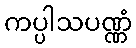
ကပ္ပါသပဏ္ဏံ